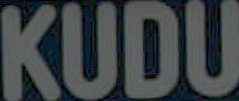
KUDU